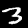
Label: 3